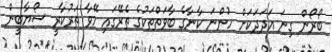
ބޯރޯން ގިނަ އަދަދަކަށް ހުންނަ ކާނާގެ ބާވަތްތަކުގެ ތެރޭގައި މޭވާ ތަރުކާރީ ސޯޔާބީން